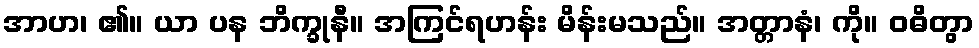
အာဟ၊ ၏။ ယာ ပန ဘိက္ခုနီ။ အကြင်ရဟန်း မိန်းမသည်။ အတ္တာနံ၊ ကို။ ဝဓိတွာ